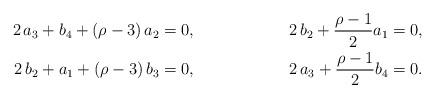
LaTeX: \begin{align*}\aligned2\,a_3+b_4+(\rho-3)\,a_2=0, \ \ \ \ \ \ \ \ \ \ \ \ \ \ \ \ \ 2\,b_2+\frac{\rho-1}{2}a_1=0,\\2\,b_2+a_1+(\rho-3)\,b_3=0, \ \ \ \ \ \ \ \ \ \ \ \ \ \ \ \ \ 2\,a_3+\frac{\rho-1}{2}b_4=0.\endaligned\end{align*}